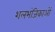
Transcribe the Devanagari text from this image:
शलभंजिकाओं